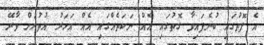
އެ ފޮތުގައި ބުނެފައިވާ ގޮތުގައި އެއް ނަކަތެއްގައި އެއް އަހަރު އުތުރަށް ވާރޭ